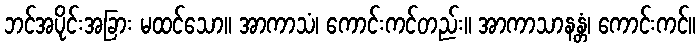
ဘင်အပိုင်းအခြား မထင်သော။ အာကာသံ၊ ကောင်းကင်တည်း။ အာကာသာနန္တံ၊ ကောင်းကင်။